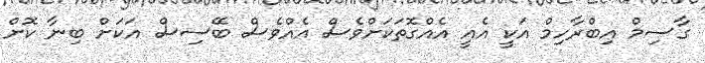
ގާސިމް އިބްރާހިމް އަކީ އެއީ އެއްގޮތަކަށްވެސް އެއްވެސް ބޭސިސް އަކަށް ބިނާ ކޮށް